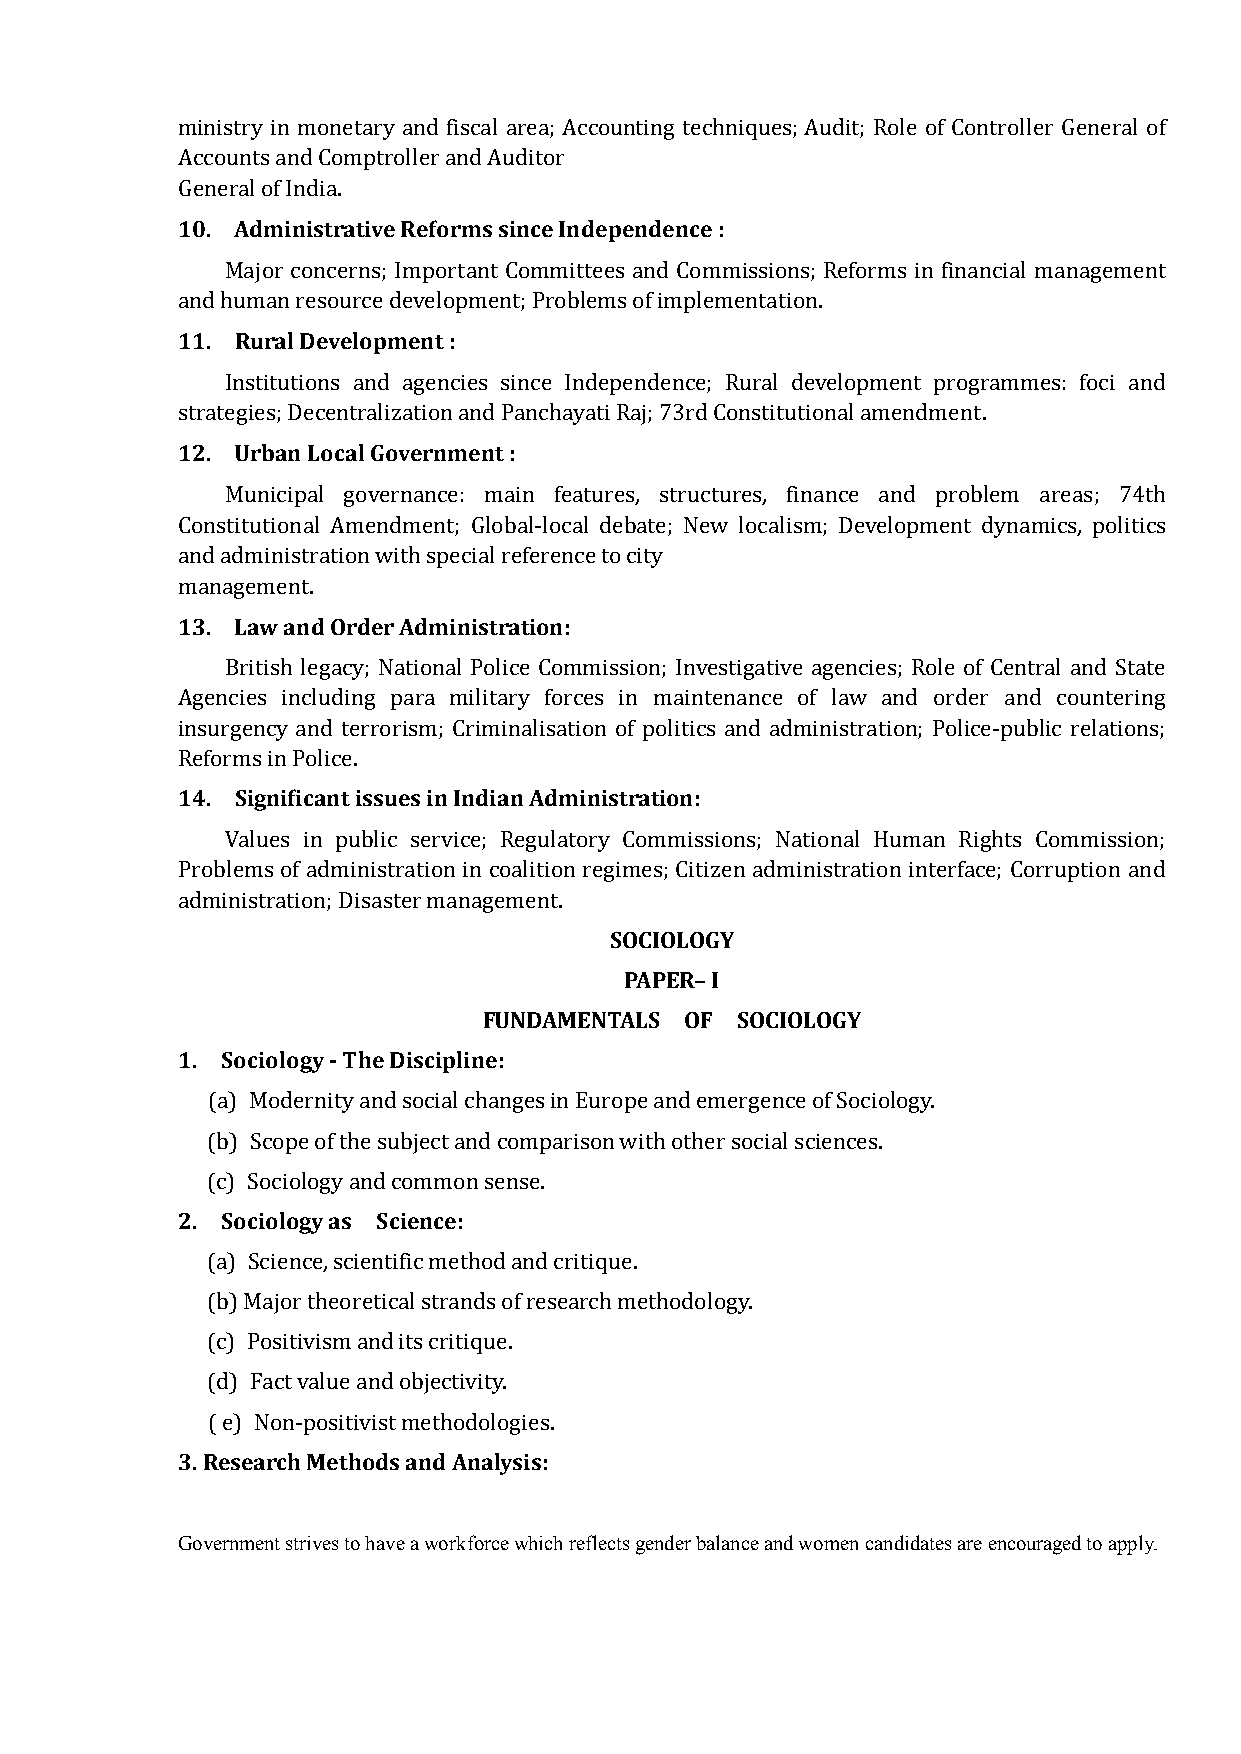
ministry in monetary and fiscal area; Accounting techniques; Audit; Role of Controller General of
 Accounts and Comptroller and Auditor
 10. Administrative Reforms since Independence :
 General of India.
 Major concerns; Important Committees and Commissions; Reforms in financial management
 11. Rural Development :
 and human resource development; Problems of implementation.
 Institutions and agencies since Independence; Rural development programmes: foci and
 12. Urban Local Government :
 strategies; Decentralization and Panchayati Raj; 73rd Constitutional amendment.
 Municipal governance: main features, structures, finance and problem areas; 74th
 Constitutional Amendment; Global-local debate; New localism; Development dynamics, politics
 and administration with special reference to city
 13. Law and Order Administration:
 management.
 British legacy; National Police Commission; Investigative agencies; Role of Central and State
 Agencies including para military forces in maintenance of law and order and countering
 insurgency and terrorism; Criminalisation of politics and administration; Police-public relations;
 14. Significant issues in Indian Administration:
 Reforms in Police.
 Values in public service; Regulatory Commissions; National Human Rights Commission;
 Problems of administration in coalition regimes; Citizen administration interface; Corruption and
 SOCIOLOGY
 administration; Disaster management.
 PAPER– I
 FUNDAMENTALS OF  SOCIOLOGY
 1. Sociology - The Discipline:
 (a) Modernity and social changes in Europe and emergence of Sociology.
 (b) Scope of the subject and comparison with other social sciences.
 2. Sociology as Science:
 (c) Sociology and common sense.
 (a) Science, scientific method and critique.
 (b) Major theoretical strands of research methodology.
 (c) Positivism and its critique.
 (d) Fact value and objectivity.
 3. Research Methods and Analysis:
 ( e) Non-positivist methodologies.
 Government strives to have a workforce which reflects gender balance and women candidates are encouraged to apply.